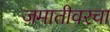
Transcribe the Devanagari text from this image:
जमातीवरचा